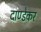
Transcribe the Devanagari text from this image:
दाण्डेकर